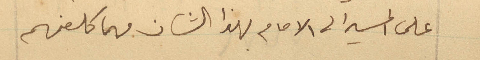
على المسير الى الامام بهذا الشان مهما كلفهم